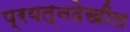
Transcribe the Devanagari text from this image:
प्रयत्‍नदेखील